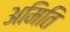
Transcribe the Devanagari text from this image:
अमिति